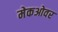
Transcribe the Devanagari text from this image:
मेकओवर